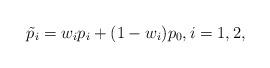
LaTeX: \begin{align*}\tilde p_i=w_i p_i+(1-w_i)p_0,i=1,2, \end{align*}